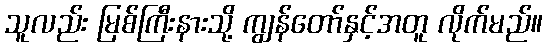
သူလည်း မြစ်ကြီးနားသို့ ကျွန်တော်နှင့်အတူ လိုက်မည်။